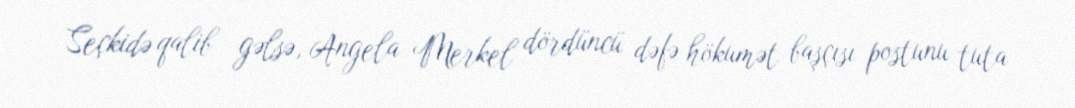
Seçkidə qalib gəlsə, Angela Merkel dördüncü dəfə hökumət başçısı postunu tuta